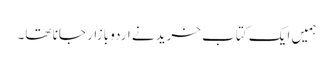
ہمیں ایک کتاب خریدنے اردو بازار جانا تھا۔